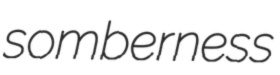
somberness